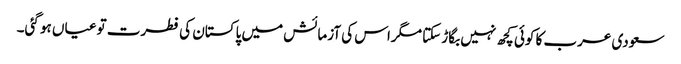
سعودی عرب کا کوئی کچھ نہیں بگاڑ سکتا مگراس کی آزمائش میں پاکستان کی فطرت تو عیاں ہو گئی۔